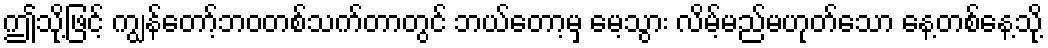
ဤသို့ဖြင့် ကျွန်တော့်ဘဝတစ်သက်တာတွင် ဘယ်တော့မှ မေ့သွား လိမ့်မည်မဟုတ်သော နေ့တစ်နေ့သို့